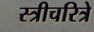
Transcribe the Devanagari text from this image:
स्त्रीचरित्रे